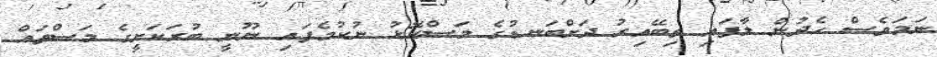
ނަމަވެސް ހެދުން ލާފައި ތިބޭއިރު ދަށްބަނޑުގެ މަސްކޮޅު ނުކުމެފައި ނޫނީ ބުރަކަށީގެ މަސްތައް